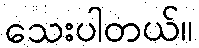
သေးပါတယ်။